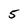
Character: 5